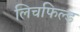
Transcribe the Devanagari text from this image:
लिचफिल्ड